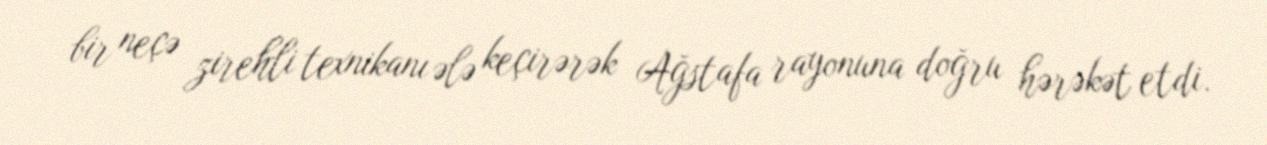
bir neçə zirehli texnikanı ələ keçirərək Ağstafa rayonuna doğru hərəkət etdi.